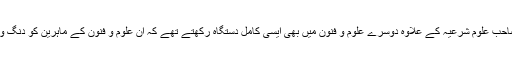
پھر یہی نہیں ، امام صاحب علومِ شرعیہ کے علاوہ دوسرے علوم و فنون میں بھی ایسی کامل دستگاہ رکھتے تھے کہ ان علوم و فنون کے ماہرین کو دنگ و ششدر کر دیتے تھے۔